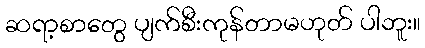
ဆရာ့စာတွေ ပျက်စီးကုန်တာမဟုတ် ပါဘူး။